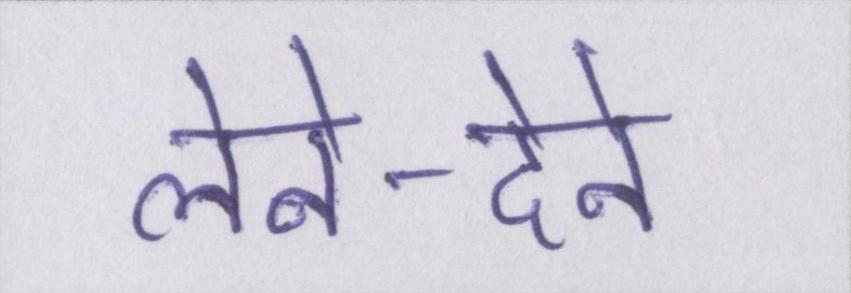
लेने-देने